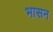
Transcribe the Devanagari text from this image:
भासन